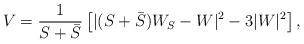
LaTeX: \begin{align*}V = \frac{1}{S + \bar S}\left[|(S+\bar S)W_S-W|^2-3|W|^2\right],\end{align*}